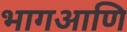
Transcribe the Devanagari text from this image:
भागआणि